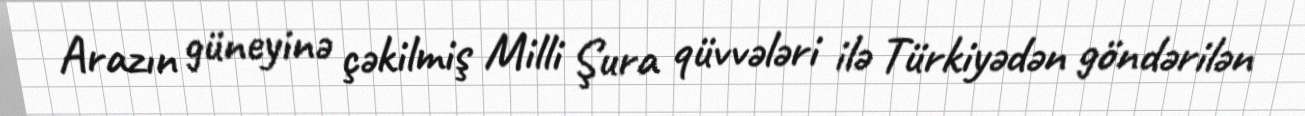
Arazın güneyinə çəkilmiş Milli Şura qüvvələri ilə Türkiyədən göndərilən